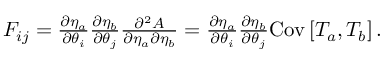
\begin{array} { r } { F _ { i j } = \frac { \partial \eta _ { a } } { \partial \theta _ { i } } \frac { \partial \eta _ { b } } { \partial \theta _ { j } } \frac { \partial ^ { 2 } A } { \partial \eta _ { a } \partial \eta _ { b } } = \frac { \partial \eta _ { a } } { \partial \theta _ { i } } \frac { \partial \eta _ { b } } { \partial \theta _ { j } } \mathrm { C o v } \left[ T _ { a } , T _ { b } \right] . } \end{array}